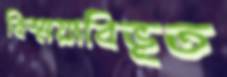
বিস্ময়াবিভূত